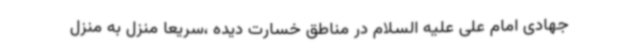
جهادی امام علی علیه السلام در مناطق خسارت دیده ،سریعا منزل به منزل